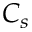
C _ { s }